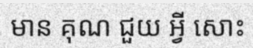
មាន គុណ ជួយ អ្វី សោះ